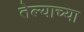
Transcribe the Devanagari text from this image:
तेल्याच्या